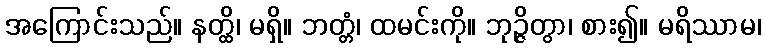
အကြောင်းသည်။ နတ္ထိ၊ မရှိ။ ဘတ္တံ၊ ထမင်းကို။ ဘုဉ္ဇိတွာ၊ စား၍။ မရိဿာမ၊